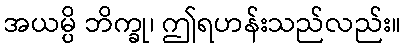
အယမ္ပိ ဘိက္ခု၊ ဤရဟန်းသည်လည်း။